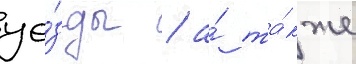
уе́зды / а́ та́кже